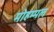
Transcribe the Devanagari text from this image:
मोहम्मल